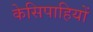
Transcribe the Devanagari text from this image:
केसिपाहियों